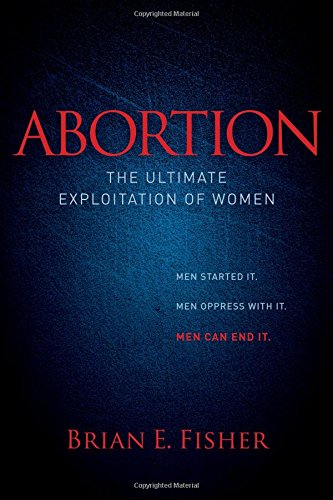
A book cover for Abortion: The Ultimate Exploitation of Women (Morgan James Faith); Brian E Fisher; Politics & Social Sciences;